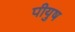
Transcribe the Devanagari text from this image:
पीयुष